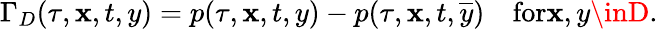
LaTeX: \Gamma_{D}(\tau,\mathbf{x},t,y)=p(\tau,\mathbf{x},t,y)-p(\tau,\mathbf{x},t,\overline{{{y}}})\quad\textrm{{for}}\mathbf{x},y\inD.